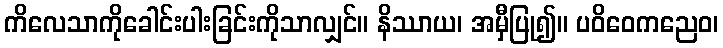
ကိလေသာကိုခေါင်းပါးခြင်းကိုသာလျှင်။ နိဿာယ၊ အမှီပြု၍။ ပဝိဝေကညေဝ၊